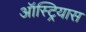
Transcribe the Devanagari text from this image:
ऑस्ट्रियास